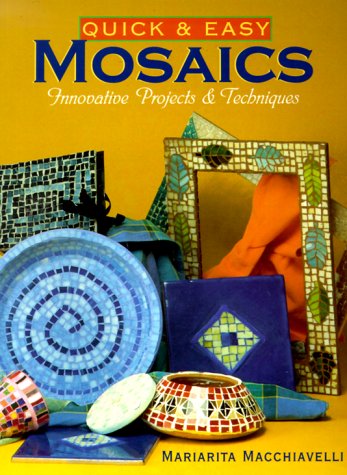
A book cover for Quick & Easy Mosaics: Innovative Projects & Techniques; Mariarita Macchiavelli; Crafts, Hobbies & Home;